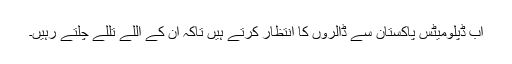
اب ڈپلومیٹس پاکستان سے ڈالروں کا انتظار کرتے ہیں تاکہ ان کے اللے تللے چلتے رہیں۔